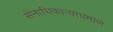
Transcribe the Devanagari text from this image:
सेनाधिकार्‍यांप्रमाणे